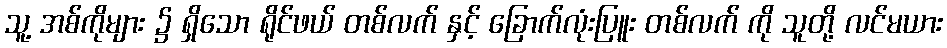
သူ့ အစ်ကိုများ ၌ ရှိသော ရိုင်ဖယ် တစ်လက် နှင့် ခြောက်လုံးပြူး တစ်လက် ကို သူတို့ လင်မယား